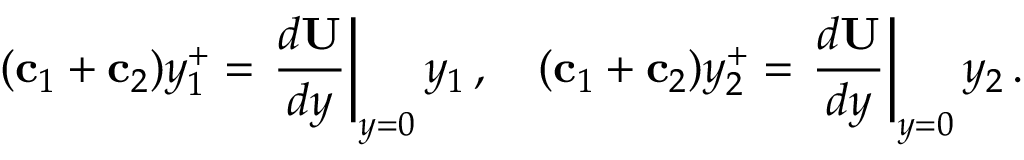
( { { \bf c } _ { 1 } + { \bf c } _ { 2 } } ) y _ { 1 } ^ { + } = \left. \frac { d { \bf U } } { d y } \right| _ { y = 0 } y _ { 1 } \, , \quad ( { { \bf c } _ { 1 } + { \bf c } _ { 2 } } ) y _ { 2 } ^ { + } = \left. \frac { d { \bf U } } { d y } \right| _ { y = 0 } y _ { 2 } \, .